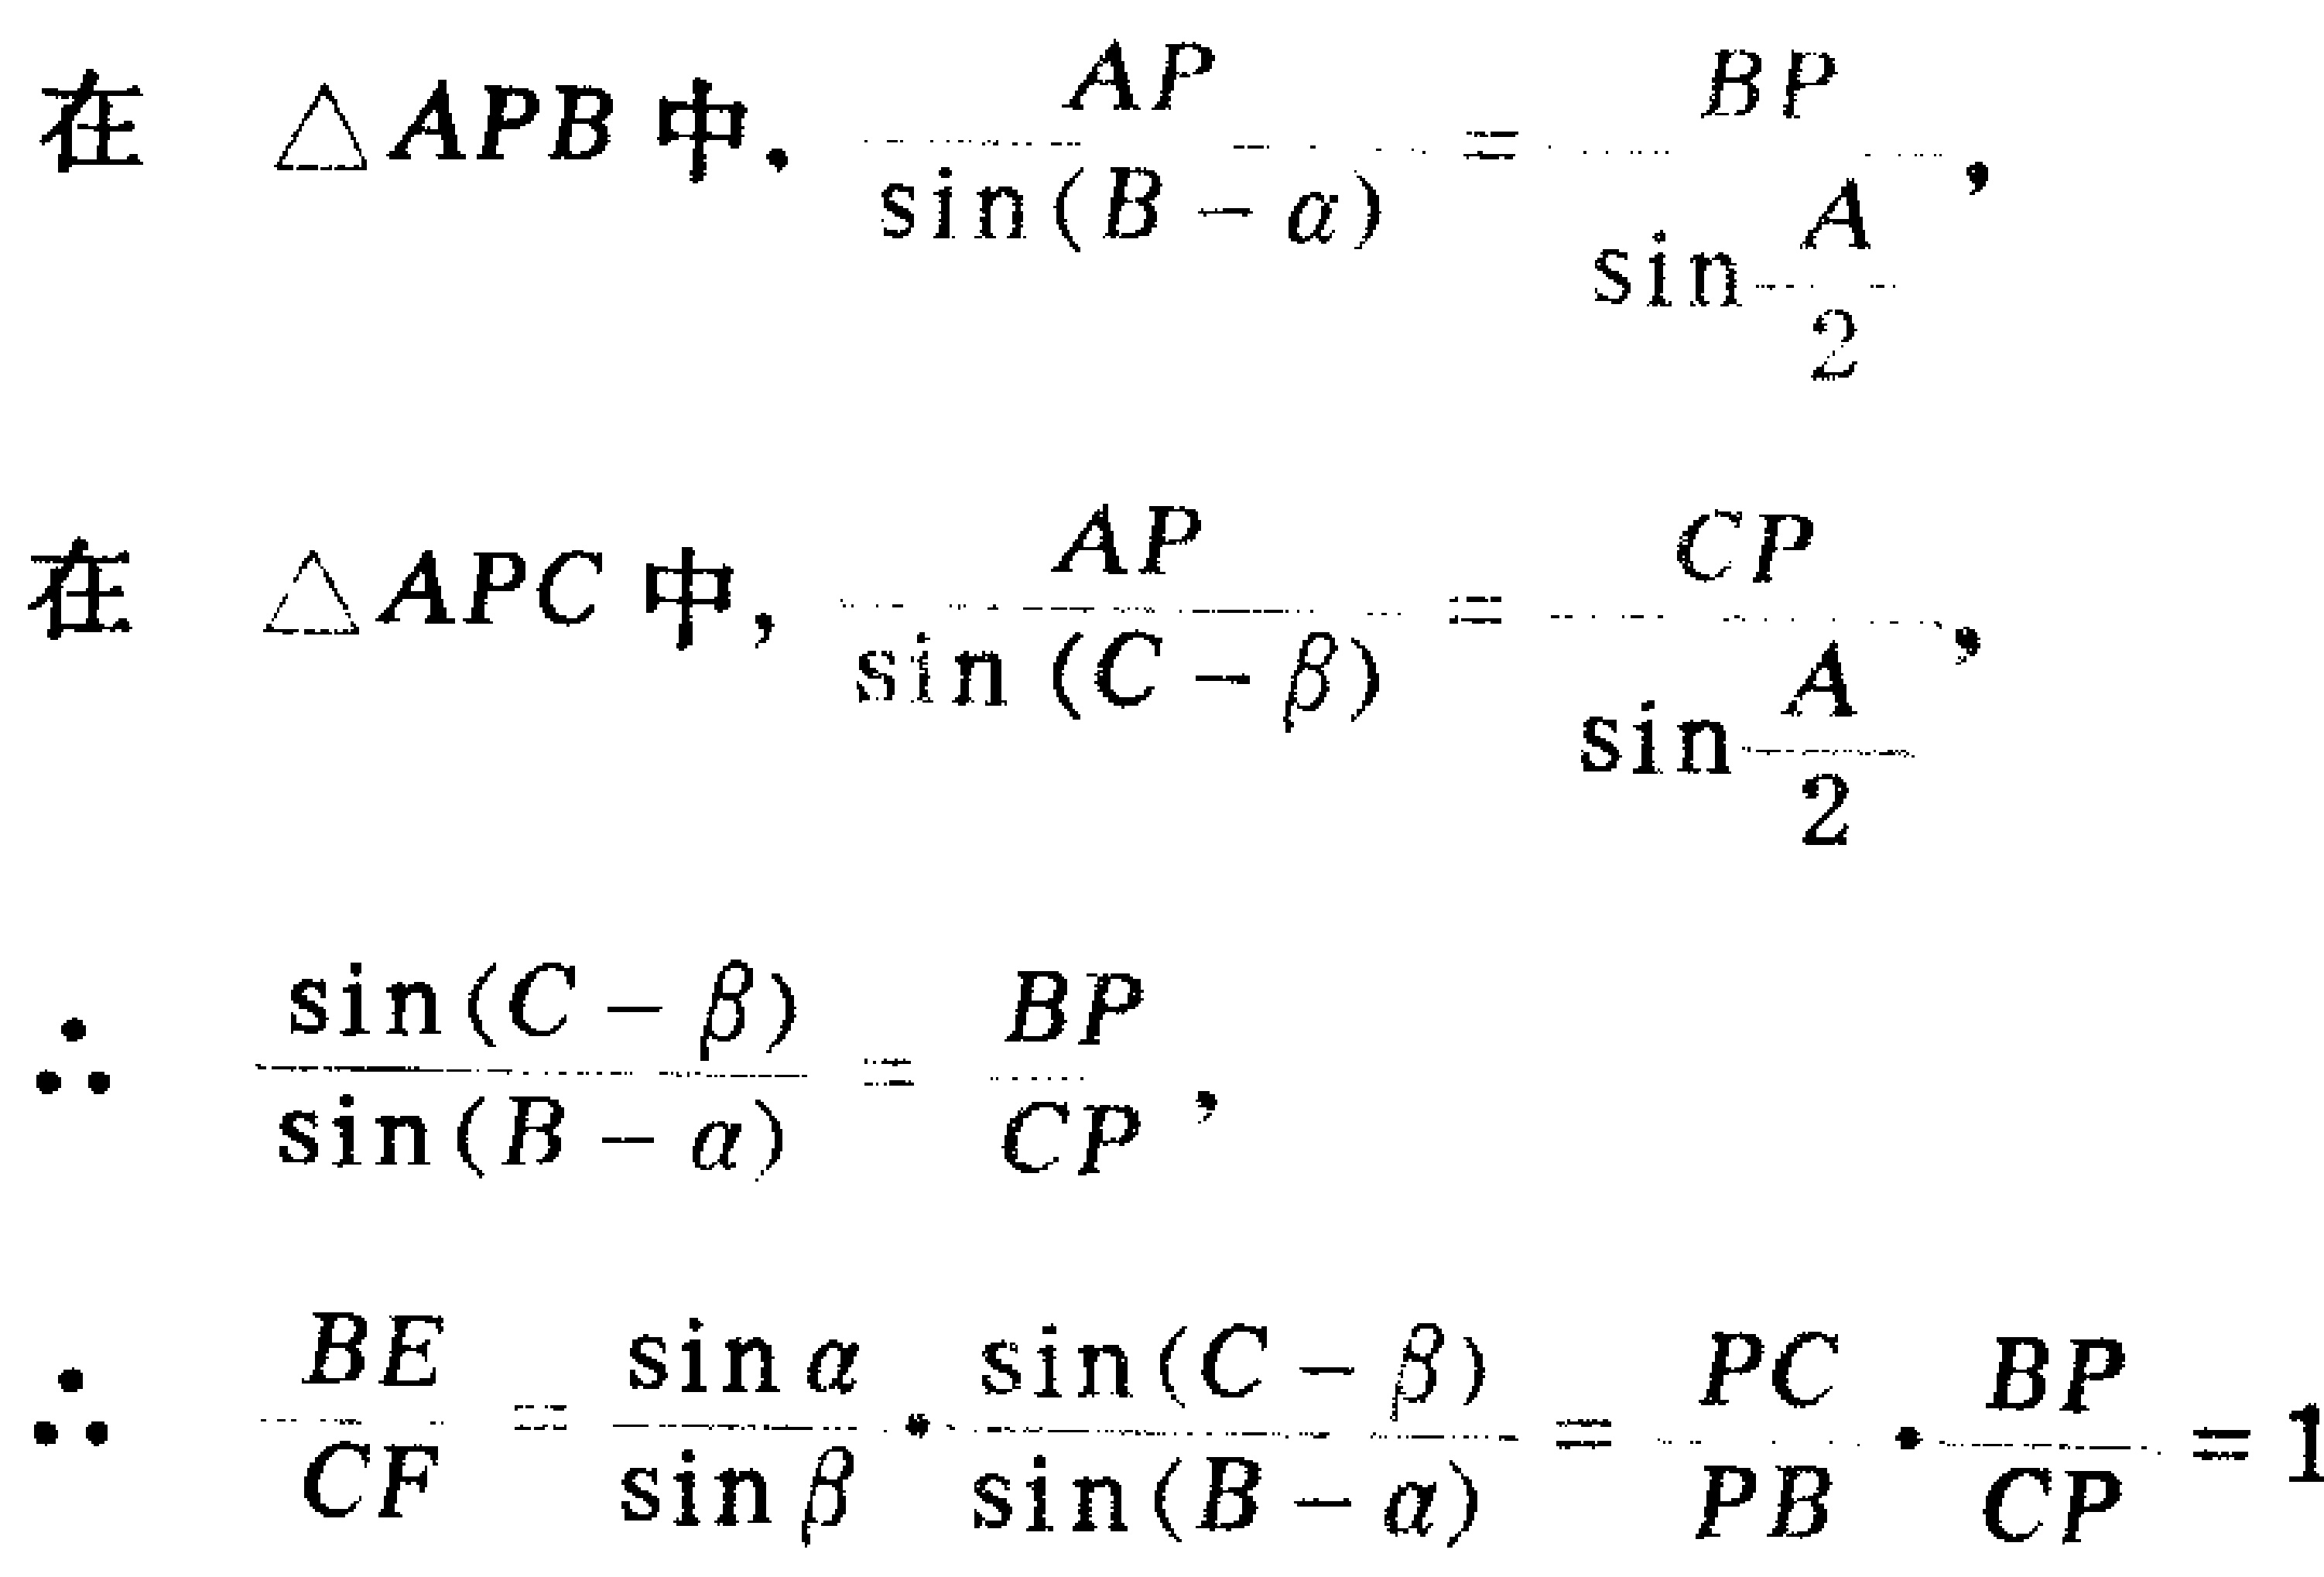
在 $\triangle APB$ 中, $\frac{AP}{\sin(B - \alpha)} = \frac{BP}{\sin\frac{A}{2}},$

在 $\triangle APC$ 中, $\frac{AP}{\sin(C - \beta)} = \frac{CP}{\sin\frac{A}{2}},$

$\therefore$ $\frac{\sin(C - \beta)}{\sin(B - \alpha)} = \frac{BP}{CP},$

$\therefore$ $\frac{BE}{CF} = \frac{\sin\alpha}{\sin\beta} \cdot \frac{\sin(C - \beta)}{\sin(B - \alpha)} = \frac{PC}{PB} \cdot \frac{BP}{CP} = 1$